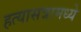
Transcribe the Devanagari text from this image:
हत्यासत्रामध्ये